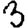
Digit: 3